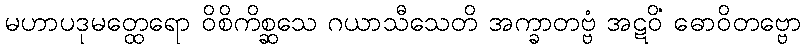
မဟာပဒုမတ္ထေရော ဝိစိကိစ္ဆသေ ဂယာသီသေတိ အက္ခာတဗ္ဗံ အဋဝိံ ဓောဝိတဗ္ဗော